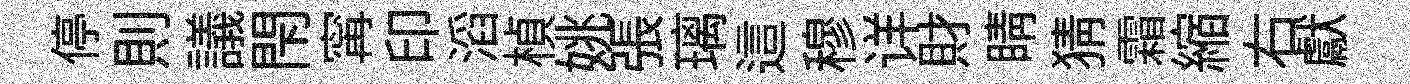
停則議閇𡩋印滔楨姚張璃這穆详財睛猜霜縮右獻